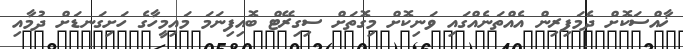
ޚާއްސަކޮށް ދެމަފިރިން އެއްތަނެއްގައި ވަނިކޮށް މިގޮތަށް ސިގިރޭޓް ބޮއިފިނަމަ މައިމީހާގެ ހަށިގަނޑަށް ދުމާއި